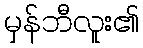
မှန်ဘီလူး၏